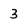
Character: 3